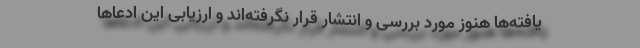
یافته‌ها هنوز مورد بررسی و انتشار قرار نگرفته‌اند و ارزیابی این ادعاها